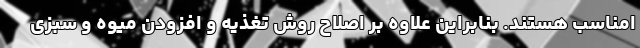
امناسب هستند. بنابراین علاوه بر اصلاح روش تغذیه و افزودن میوه و سبزی